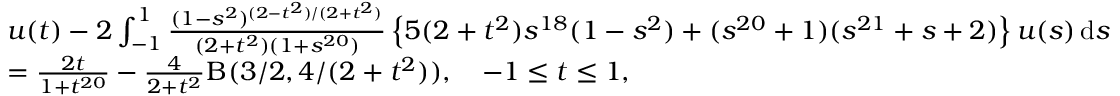
\begin{array} { r l } & { u ( t ) - 2 \int _ { - 1 } ^ { 1 } \frac { ( 1 - s ^ { 2 } ) ^ { ( 2 - t ^ { 2 } ) / ( 2 + t ^ { 2 } ) } } { ( 2 + t ^ { 2 } ) ( 1 + s ^ { 2 0 } ) } \left\{ 5 ( 2 + t ^ { 2 } ) s ^ { 1 8 } ( 1 - s ^ { 2 } ) + ( s ^ { 2 0 } + 1 ) ( s ^ { 2 1 } + s + 2 ) \right\} u ( s ) \, \mathrm { d } s } \\ & { = \frac { 2 t } { 1 + t ^ { 2 0 } } - \frac { 4 } { 2 + t ^ { 2 } } \Beta ( 3 / 2 , 4 / ( 2 + t ^ { 2 } ) ) , \quad - 1 \leq t \leq 1 , } \end{array}